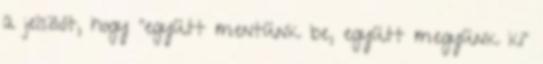
a jelszót, hogy "együtt mentünk be, együtt megyünk ki"